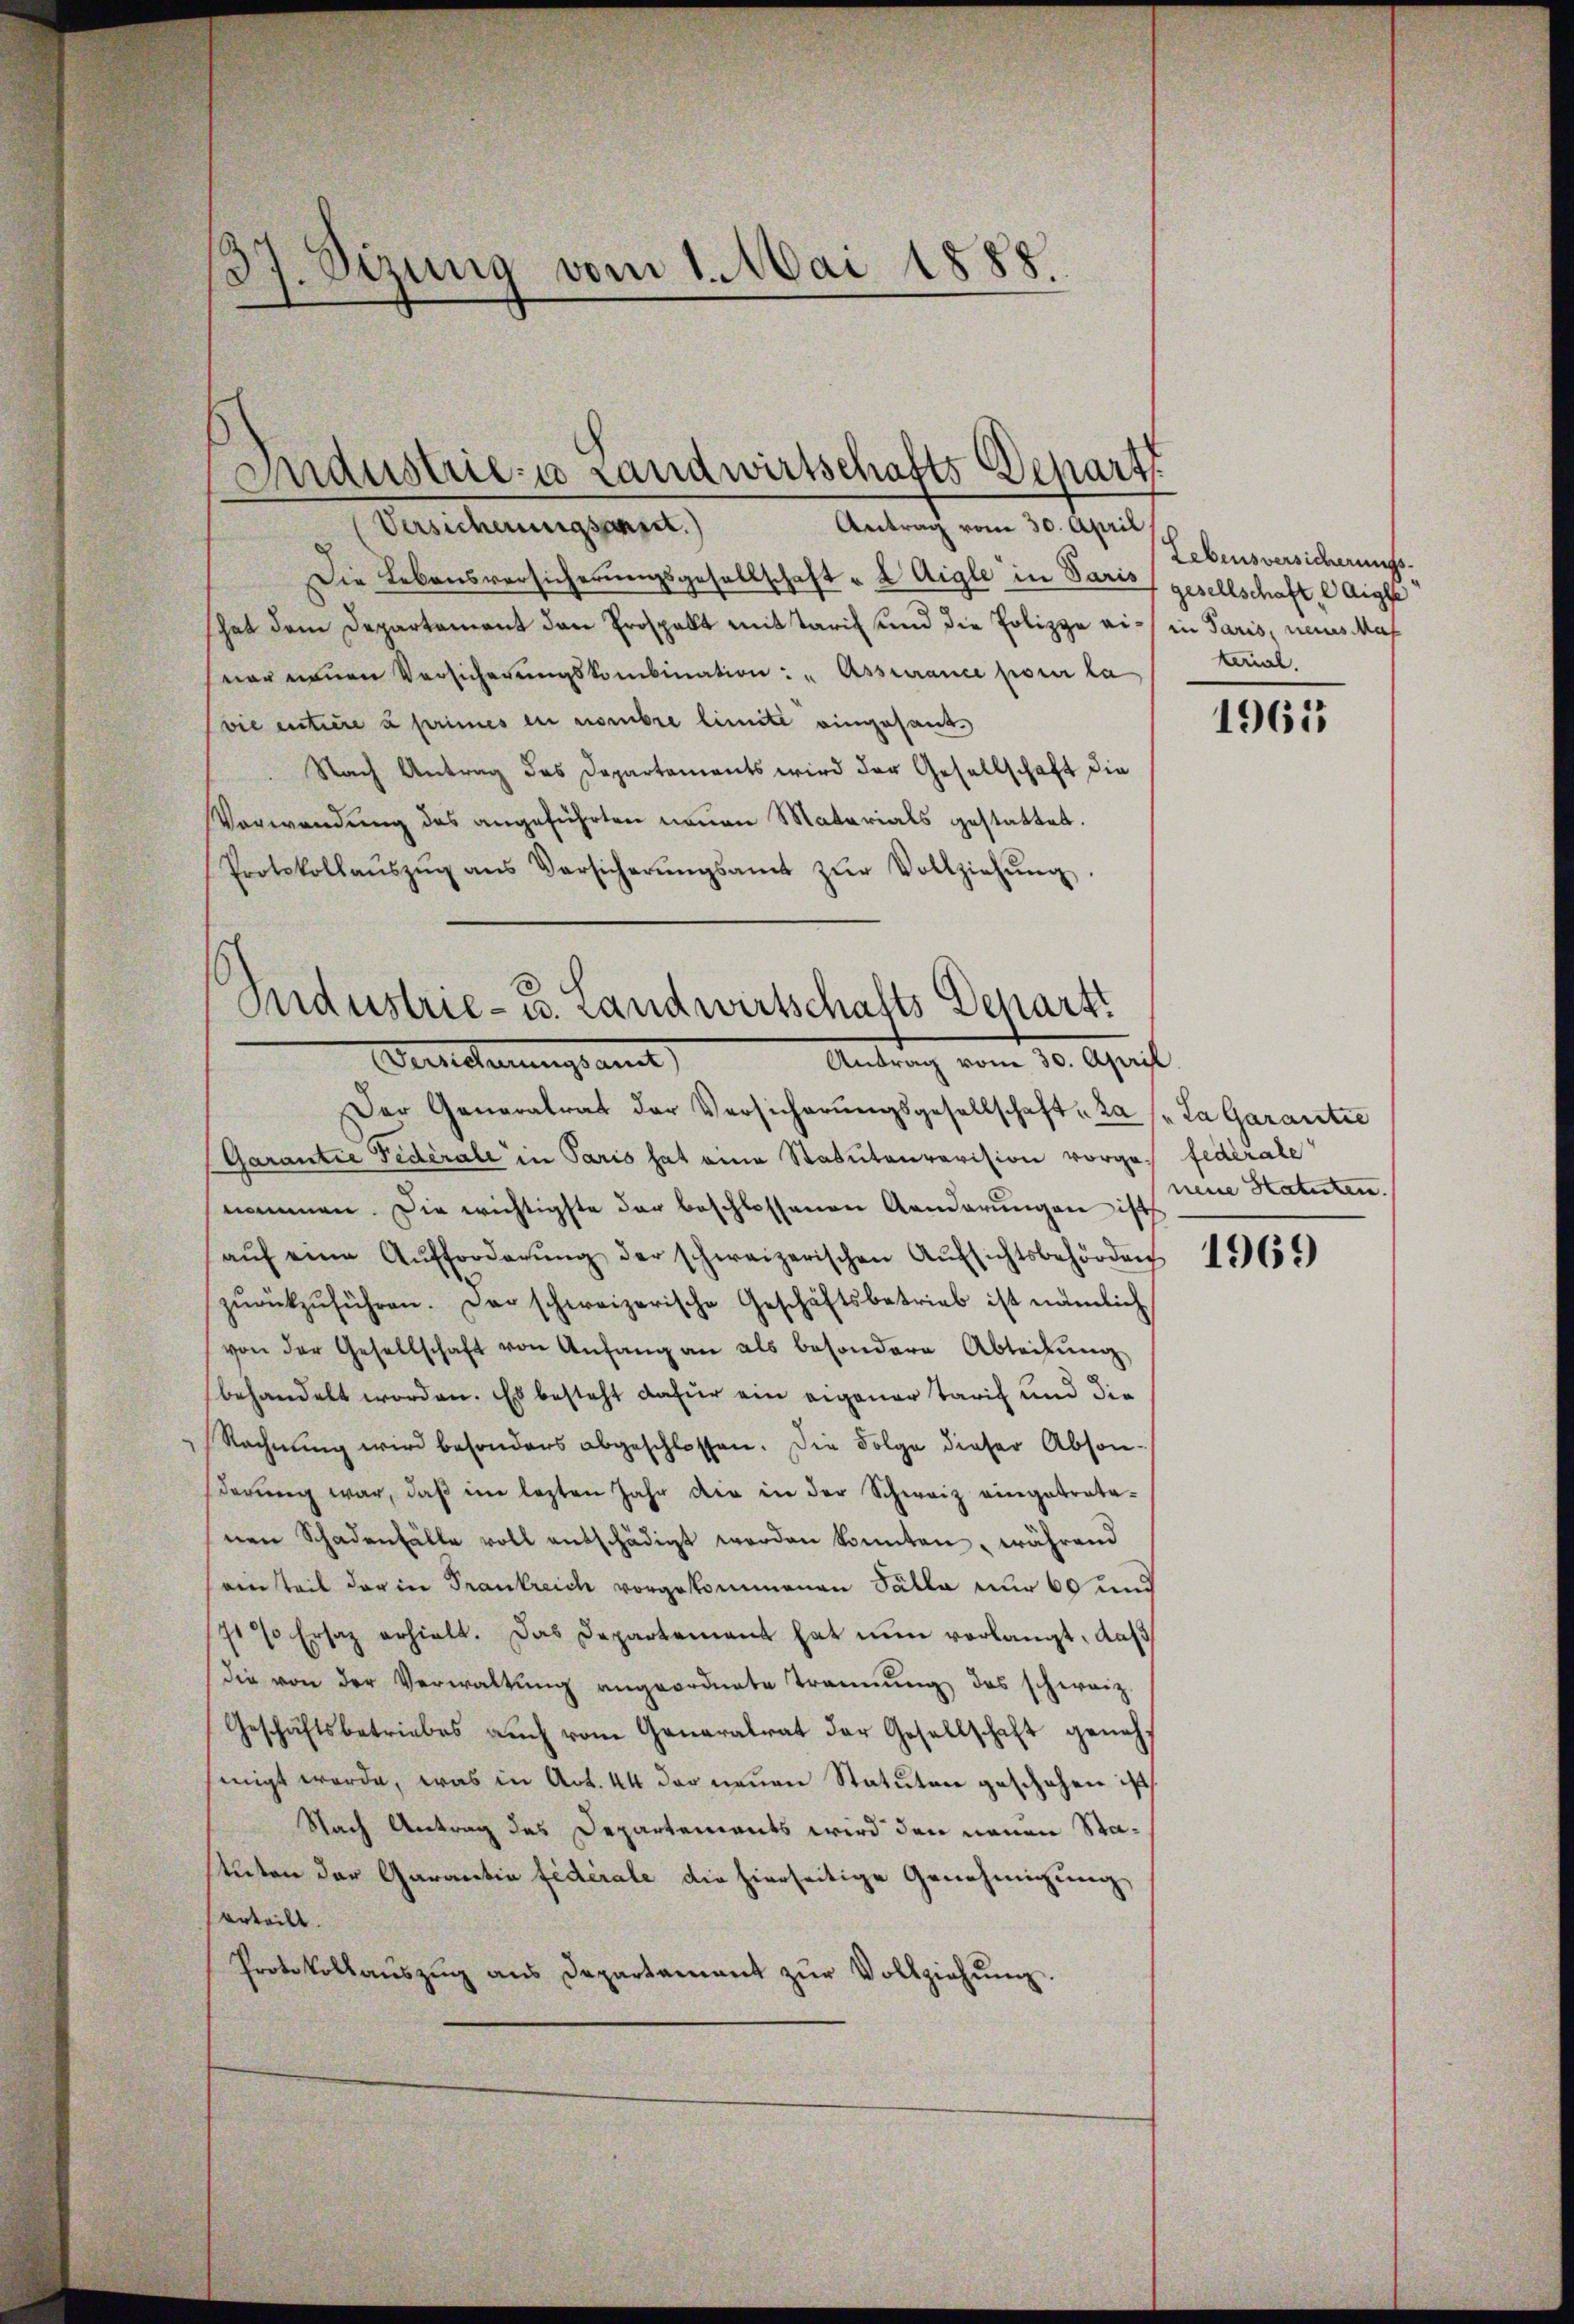
.
9
Sizung vom 1. Mai 1888

Antrag vom 30. April
Versicherungsanset.)
Die Lebensversicherungsgesellschaft " 2 Aigle in Paris, gesellschaft, Aigle
hat dem Departement den Prospekt mittaris und die Polizze ei- in Paris, neues Mas
ner neuen Versicherŭngskombination: "Assurance pour la
vie entire u primes en nombre limite eingesand
Nach Antrag das Departements wird der Gesellschaft die
Verwendung des angeführten neuen Materials gestattet.
Protokollaŭszŭg ans Versicherŭngsamt zŭr Vollziehŭng.
Sndustrie- u. Landwirtschafts Depart
Verehrungsamt
Antrag vom 30. April

Industrie-a Landwirtschafts Depart

Lebensversicherungs-
tail.

Der Generalrat der Versicherŭngsgesellschaft, da s. La Garantie
Garantie Fedérale in Paris hat eine Statutenrevision vorges fédérale
nommen. Die wichtigste der beschlossenen Aenderungen ist
aŭf eine Aŭfforderŭng der schweizerischen Aŭfsichtsbehörden
zŭrückzŭführen. Der schweizerische Geschäftsbetrieb ist nämlich
von der Gesellschaft von Anfang an als besondere Abteilŭng
behandelt worden. Es besteht dafür ein eigener Tarif und die
Rechnung wird besonders abgeschlossen. Die Folge dieser Absonderŭng war, daβ im lezten Jahr die in der Schweiz eingetrata-
nen Schadenfälle voll entschädigt werden könnten, während
seinsteil der in Frankreich vorgekommenen Fälle nur 60 und
7t Ersatz erhielt. Das Departement hat nun vorlangt, daß
die von der Verwaltŭng angeordnete Trennung des schweiz.
Geschäftsbetriebes auch vom Generalrat der Gesellschaft genehsinigt werde, was in Act. 44 der neuen Statuten geschehen ist
Nach Antrag des Departements wird den neuen Statuten der Garantia fidérale die hierseitige Genehmigung,
erteilt.
Protokollaŭszŭg ans Departament zŭr Vollziehŭng.

1965

neue Statuten.

1969